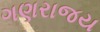
ગણરાજય